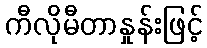
ကီလိုမီတာနှုန်းဖြင့်